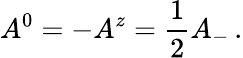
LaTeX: A^{0}=-A^{z}=\frac{1}{2}A_{-}\, .